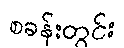
စခန်းတွင်း